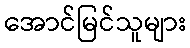
အောင်မြင်သူများ